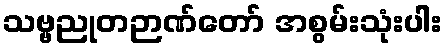
သဗ္ဗညုတဉာဏ်တော် အစွမ်းသုံးပါး